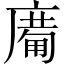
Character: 𱝈